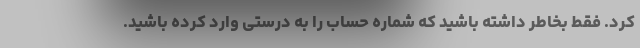
کرد. فقط بخاطر داشته باشید که شماره حساب را به درستی وارد کرده باشید.